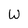
Character: W